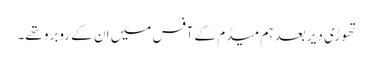
تھوڑی دیر بعد ہم میڈم کے آفس میں ان کے روبرو تھے۔